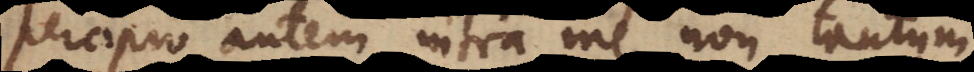
Percipio autem intra me, non tantum